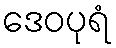
ဒေဝပုရံ